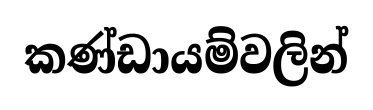
කණ්ඩායම්වලින්